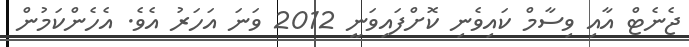
ޖެނެޓް އާއި ވިސާމް ކައިވެނި ކޮށްފައިވަނީ 2012 ވަނަ އަހަރު އެވެ. އެހެންކަމުން